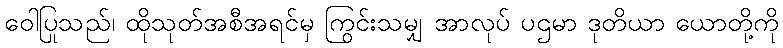
ဝေါပြုသည်၊ ထိုသုတ်အစီအရင်မှ ကြွင်းသမျှ အာလုပ် ပဌမာ ဒုတိယာ ယောတို့ကို